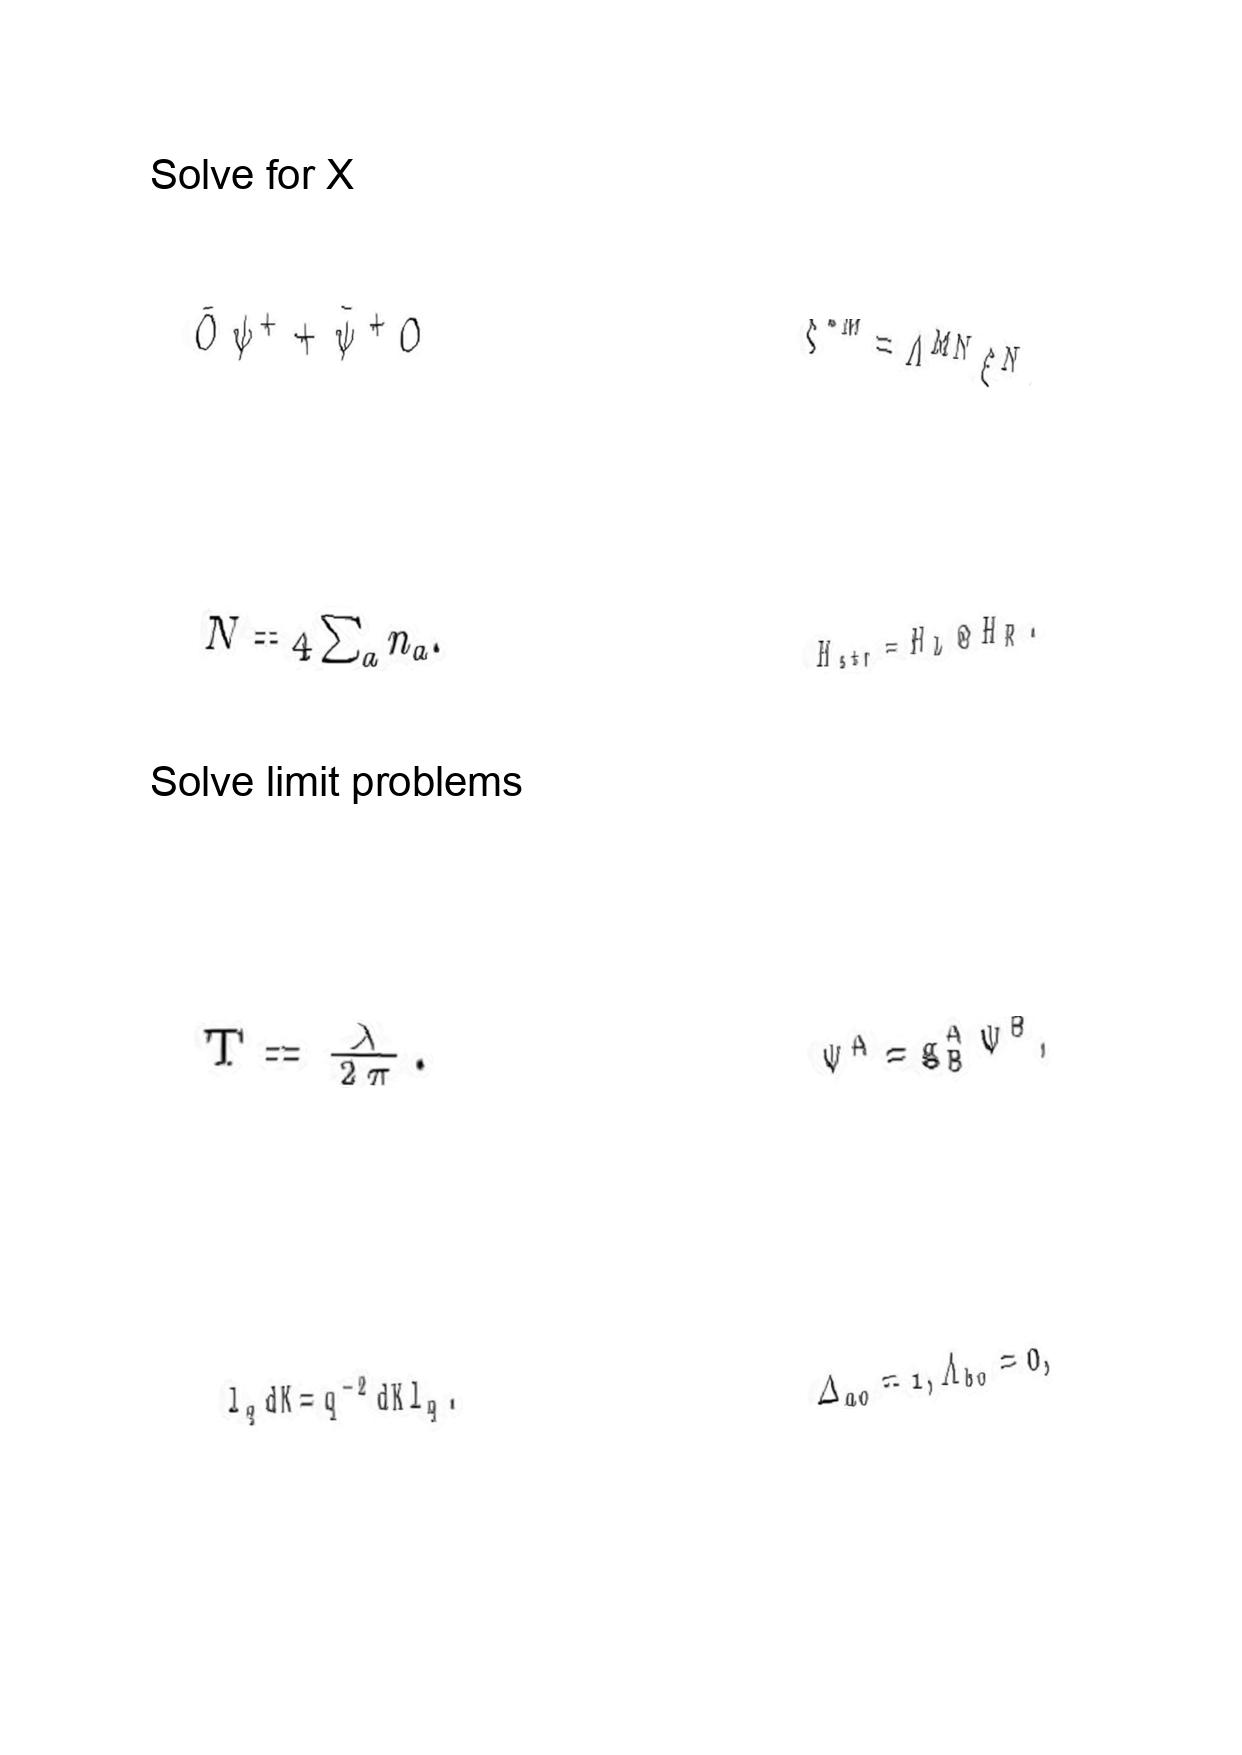
LaTeX transcription:
\bar { O } \psi ^ { + } + \bar { \psi } ^ { + } O
N = 4 \sum _ { a } n _ { a } .
T = \frac { \lambda } { 2 \pi } .
l _ { q } d K = q ^ { - 2 } d K l _ { q } .
\xi ^ { \ast M } = \Lambda ^ { M N } \xi ^ { N } .
H _ { s t r } = H _ { L } \otimes H _ { R } .
\Psi ^ { A } = g ^ { A } _ { B } \Psi ^ { B } ,
\Delta _ { a 0 } = 1 , \Lambda _ { b 0 } = 0 ,